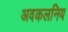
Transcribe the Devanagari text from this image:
अवकलनिय